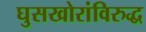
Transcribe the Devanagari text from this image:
घुसखोरांविरुद्ध